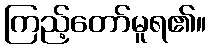
ကြည့်တော်မူရ၏။